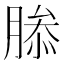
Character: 𮌤